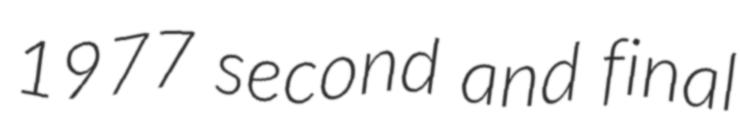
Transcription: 1977 second and final